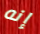
إنه